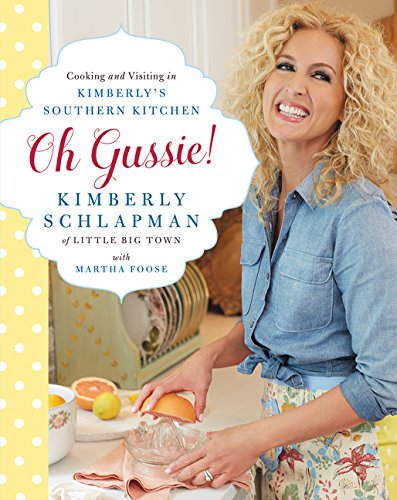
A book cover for Oh Gussie!: Cooking and Visiting in Kimberly's Southern Kitchen; Kimberly Schlapman; Cookbooks, Food & Wine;